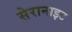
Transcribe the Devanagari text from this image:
सेरानाइट